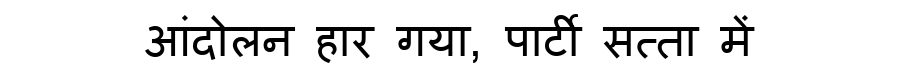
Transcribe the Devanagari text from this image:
आंदोलन हार गया, पार्टी सत्ता में